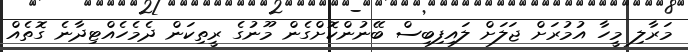
މަރާލި މީހާ އުމުރަށް ޖަލަށް ލައިފިބިސް ބޭނުންކޮށްގެން މޫނުގެ ރީތިކަން ދެމެހެއްޓިދާނެ ގޮތެއް